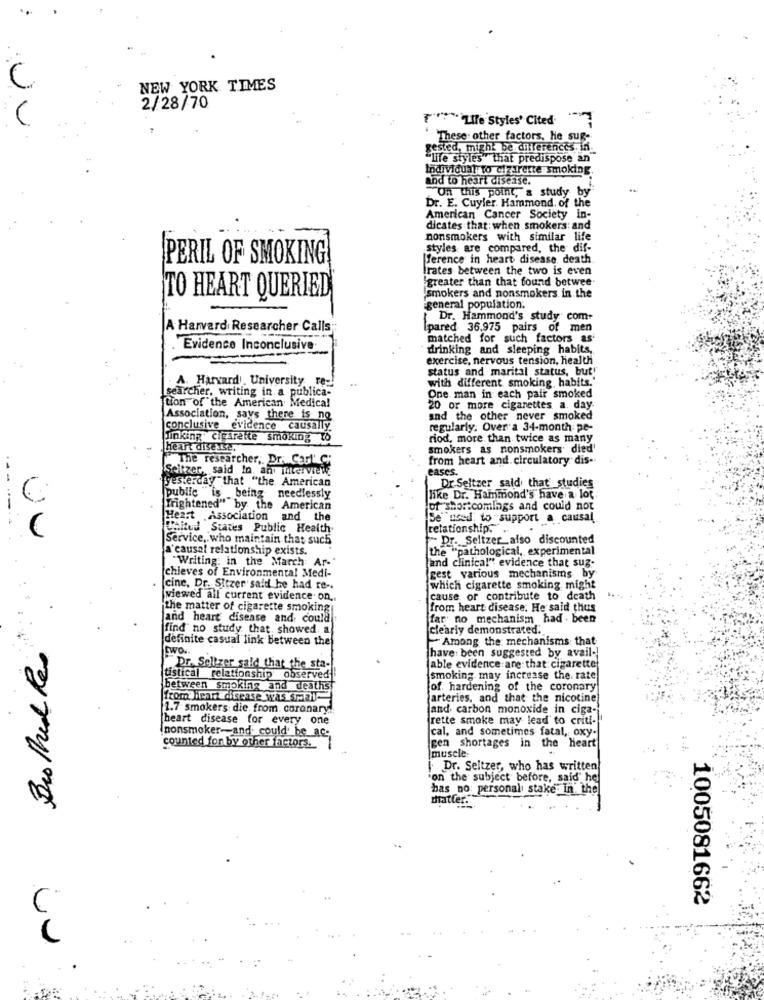
NEW YORK TIMES
2/28/70
T""Life Styles' Cited
-
These other factors, He sug-
gested, might be differences. in.
"life styles" that predispose an
Individual to cigarette smoking.
and to heart disease.
On this point,"a study by"
Dr. E. Cuyler. Hammond, of the
American Cancer Society in-
dicates that: when smokers: and
nonsmokers with similar life
styles are compared, the dif-
PERIL OF SMOKING
[ference in heart disease, death
Frates between the two is even
greater than that found betwee
TO HEART QUERIED
smokers and nonsmokers in the
general population.
Dr. Hammond's study com-
A Harvard Researcher Calls
Ipared 36.975 pairs of men
matched for such factors as
Evidence Inconclusive.
-
drinking and sleeping habits,
exercise, nervous tension, health
status and marital status, buty
A. Harvard University re -!
with different smoking habits.'
searcher, writing in a publica-
tion of the American Medical
One man in each pair smoked
20 or more cigarettes a. day
Association, says there is no
and the other never smoked
conclusive evidence causally.
regularly. Over'a 34-month pe-
linking cigarette smoking to
riod, more than twice as many
Heart dise 132.
smokers as nonsmokers' died'
The researcher, Dr. Cedl' C;
from heart and. circulatory dis-
Seltzer, said In an interviewl
eases.
yesterday"that "the American
Dr Seltzer said that studies
C
public "is being needlessly
like Dr. Hammond's have a lot
frightened" by the American
of shortcomings and could not
Heart Association and the
Be used to support a causal
Chitud States Public Health
relationship." ..
Service, who maintain that such
Dr. Seltzer also discounted
a'causal relationship exists.
the "pathological, experimental
"Writing: in the March Ar-
[and clinical" evidence that suz-
chieves of Environmental Medi-
gest various mechanisms by
cine, Dr. Sitzer said he had re -.
which cigarette smoking might
viewed all current evidence. on ..
cause or contribute to death
the matter of cigarette smoking
from heart disease. He said thus
and heart disease and could
(far' no mechanism had . been
find no study that, showed. a.
clearly demonstrated.
definite casual link between the
-Among the mechanisms that
Bio Med Res
two.
have been suggested by avail-
Dr. Selizer said that the sta-
able evidence ane: that cigarette
tistical relationship observed
smoking may increase the. rate
between smoking and deaths
of. hardening of the coronary
fromiheart disease was smopl-
arteries, and that the nicotine
1.7 smokers die from. coronary!
and carbon monoxide in ciga-
heart disease for every one
rette smoke may lead to criti-
(nonsmoker-and. could be ac-
cal, and sometimes fatal, oxy-
counted for by other factors.
gen shortages in the heart
muscle:
( Dr. Seltzer, who has written
on the subject before, said he
has no: personal stake. In the
datter.
1005081662
6